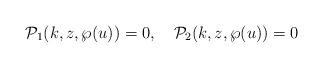
LaTeX: \begin{align*}{\cal P}_1(k,z,\wp(u))=0,\quad {\cal P}_2(k,z,\wp(u))=0\end{align*}